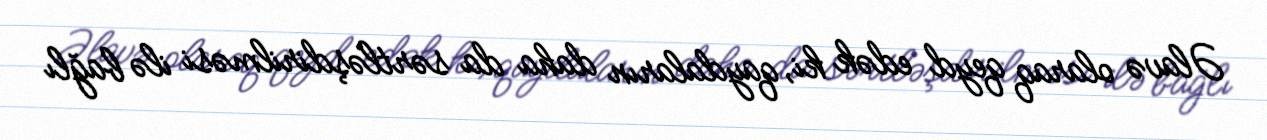
Əlavə olaraq qeyd edək ki, qaydaların daha da sərtləşdirilməsi ilə bağlı